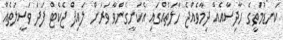
ކަނޑުމަތީގެ ހާދިސާއެއް ދިމާވެއްޖެ ހާލަތެއްގައި އެކަށީގެންވާ ވަރަށް ލައިފް ޖެކެޓް ފަދަ ވަސީލަތެއް